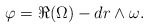
\begin{align*} \varphi = \Re (\Omega) - dr \wedge \omega.\end{align*}